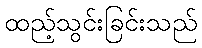
ထည့်သွင်းခြင်းသည်